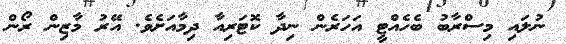
ނުލައި މިސްރާބު ބެހެއްޓީ އަހަރެން ނިދާ ކޮޓަރިއާ ދިމާއަށެވެ. އޭރު މާޒިން ރޯން